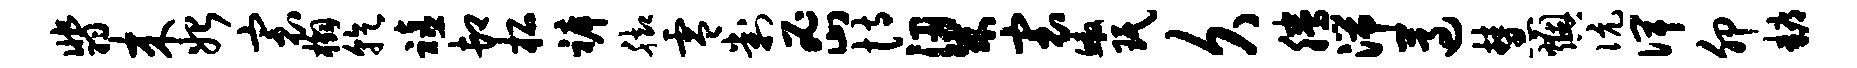
翡来始寰槲乾禧卸柘裤脚零判密恃梁寰鳌珉久腾湍遵慧燠伉俾卯耨